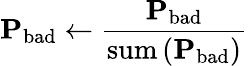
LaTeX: \mathbf{P}_{\mathrm{bad}}\leftarrow\frac{\mathbf{P}_{\mathrm{bad}}}{\mathrm{sum}\left(\mathbf{P}_{\mathrm{bad}}\right)}